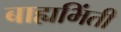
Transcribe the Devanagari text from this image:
बाह्यभिंती